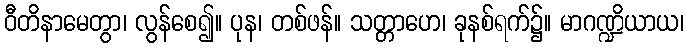
ဝီတိနာမေတွာ၊ လွန်စေ၍။ ပုန၊ တစ်ဖန်။ သတ္တာဟေ၊ ခုနစ်ရက်၌။ မာဂဏ္ဍိယာယ၊